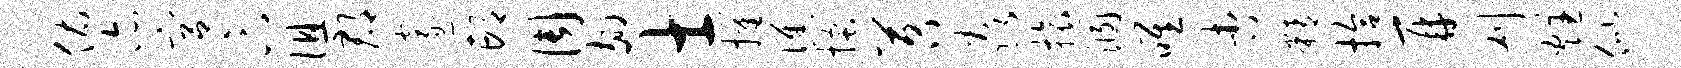
佑亦宫卞徂郡邃邙周翅士摧憔搔苕焱旅溷唯杏精拾再刈炷似